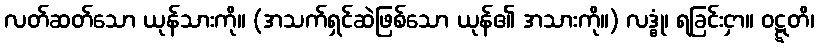
လတ်ဆတ်သော ယုန်သားကို။ (အသက်ရှင်ဆဲဖြစ်သော ယုန်၏ အသားကို။) လဒ္ဓုံ၊ ရခြင်းငှာ။ ဝဋ္ဋတိ၊